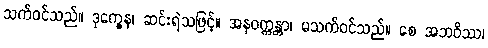
သက်ဝင်သည်။ ဒုက္ခေန၊ ဆင်းရဲသဖြင့်။ အနဝက္ကန္တာ၊ မသက်ဝင်သည်။ စေ အဘဝိဿ၊